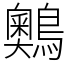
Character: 䴈